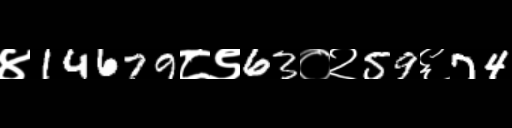
Text: ४14679८९63०२59६74